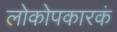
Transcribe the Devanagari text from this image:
लोकोपकारकं